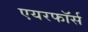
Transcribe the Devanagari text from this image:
एयरफॉर्स